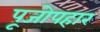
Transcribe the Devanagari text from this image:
पूजोपहार